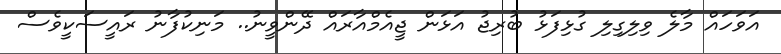
އަވަހައް މާލެ ވިލިގިލި ގުޅިފަޅު ބުރިޖު އަޅަން ޖީއެމްއާރައް ދޭންވީނު.. މަނިކުފާނު ރައީސަކީވެސް